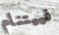
فييتنام